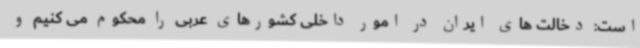
است: دخالت های ایران در امور داخلی کشورهای عربی را محکوم می کنیم و